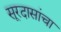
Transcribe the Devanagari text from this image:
सूरदासांचा